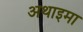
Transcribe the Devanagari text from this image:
अथाइमा